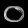
Digit: ၀